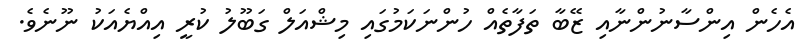
އެހެން އިންސާނުންނާއި ޒޭބާ ތަފާތެއް ހުންނަކަމުގައި މިޝްއަލް ގަބޫލު ކުރީ އިއްޔެއަކު ނޫނެވެ.